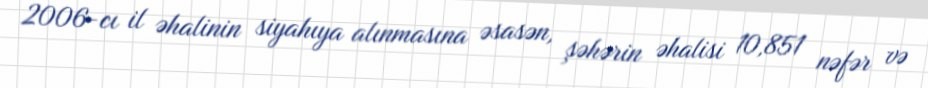
2006-cı il əhalinin siyahıya alınmasına əsasən, şəhərin əhalisi 10,851 nəfər və